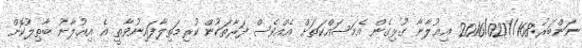
ނަންބަރު:168//2016/027 އިޢުލާނާ ގުޅިގެން އެމަސައްކަތަށް އެއްވެސް ފަރާތަކުން ކުރިމަތިލާފައިނުވާތީ އެ އިޢުލާނު ބާޠިލުކޮށް